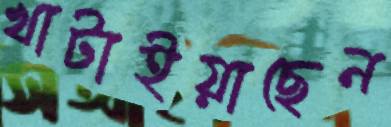
খাটাইয়াছেন